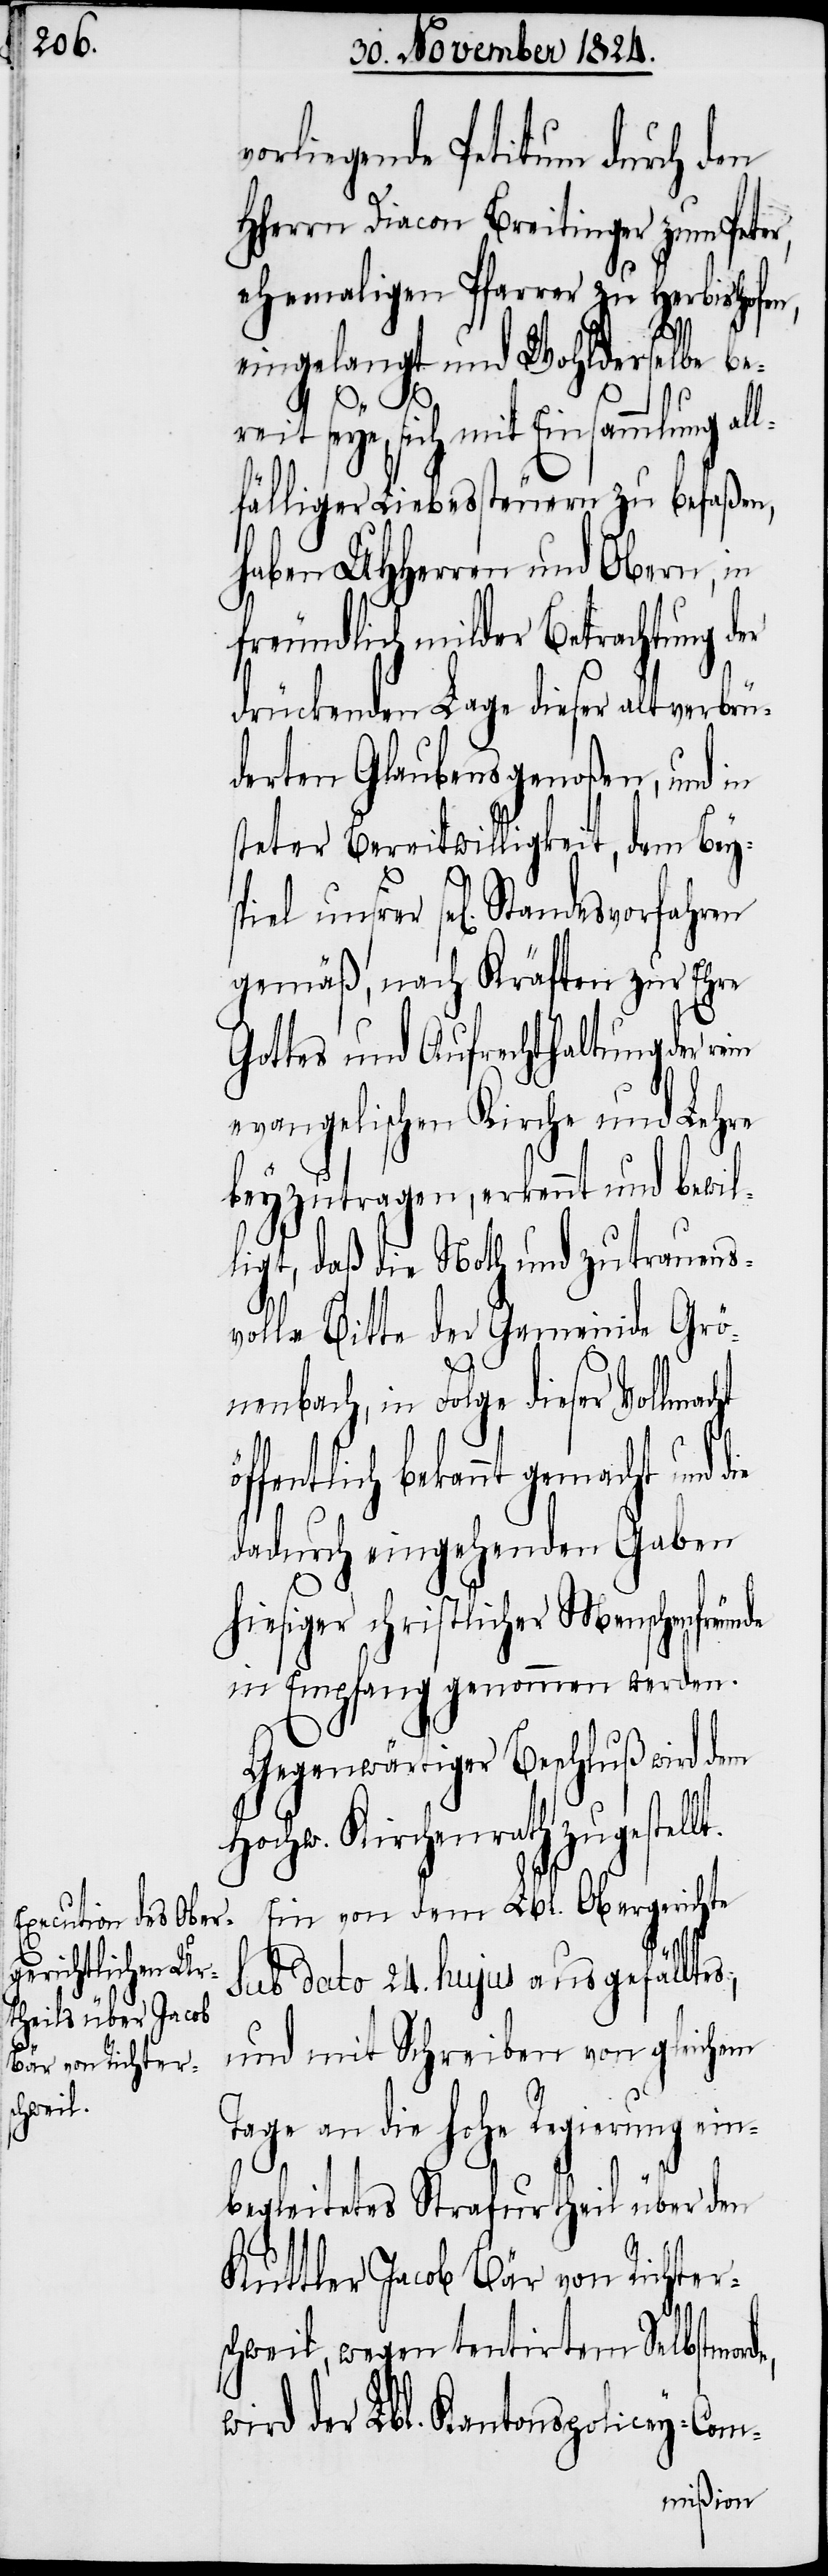
vorliegende Petitum durch den
HHerrn Diacon Breitinger zum Peter,
ehemaligen Pfarrer zu Herbishofen,
eingelangt und Wohlderselbe be¬
lt.
seye, sich mit Einsammlung
fälliger Liebessteuern zu befaßen,
haben UHHerren und Obern, in
freundlich milder Betrachtung der
drückenden Lage dieser altverbrü¬
derten Glaubensgenoßen, und in
steter Bereitwilligkeit, dem Bey¬
gemäß, nach Kräften zur Ehre
Gottes und Aufrechthaltung der
evangelischen Kirche und Lehre
beyzutragen, erkennt und bewil¬
ligt, daß die Noth und zutrauens¬
volle Bitte der Gemeinde Grö¬
nenbach, in Folge dieser Vollmac¬
fentlich bekannt gemacht und
dadurch eingehenden Gaben
hiesiger christlicher Menschenfre¬
in Empfang genommen werden.
Gegenwärtiger Beschluß wird dem
Kirchenrath zugestel¬
Ein von dem Lbl. Obergerichte
sub dato 24. hujus ausgefälltes,
und mit Schreiben von gleichem
Tage an die hohe Regierung ein¬
begleitetes Strafurtheil über den
Kuttler Jacob Bär von Richter¬
schweil, wegen tentirtem Selbstmord,
wird der Lbl. Kantons-Policey-Com-